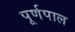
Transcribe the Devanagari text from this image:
पूर्णपाल